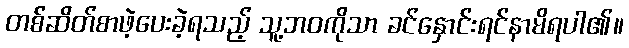
တစ်ဆိတ်စာဖဲ့ပေးခဲ့ရသည့် သူ့ဘဝကိုသာ ခင်နှောင်းရင်နာမိရပါ၏။